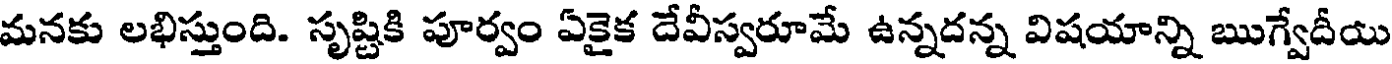
మనకు లభిస్తుంది. సృష్టికి పూర్వం ఏకైక దేవీస్వరూమే ఉన్నదన్న విషయాన్ని ఋగ్వేదీయి